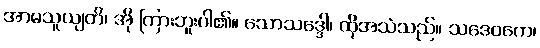
အာမသူယျတိ၊ အို ကြားဘူးပါ၏။ သောသဒ္ဒေါ၊ ထိုအသံသည်။ သဒေဝကေ၊